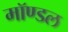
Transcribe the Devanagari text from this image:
मॉण्डल